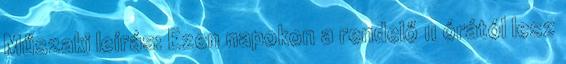
Műszaki leírás: Ezen napokon a rendelő 11 órától lesz